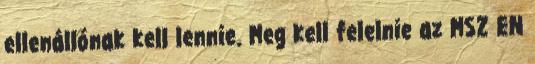
ellenállónak kell lennie. Meg kell felelnie az MSZ EN